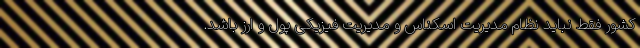
کشور فقط نباید نظام مدیریت اسکناس و مدیریت فیزیکی پول و ارز باشد.